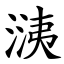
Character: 㴣